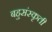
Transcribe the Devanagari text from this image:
बहुसंस्कृती